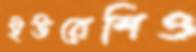
ইউরেশিও